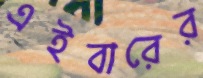
এইবারের